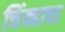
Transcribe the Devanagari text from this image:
चिंन्हाचा